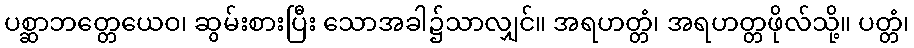
ပစ္ဆာဘတ္တေယေဝ၊ ဆွမ်းစားပြီး သောအခါ၌သာလျှင်။ အရဟတ္တံ၊ အရဟတ္တဖိုလ်သို့။ ပတ္တံ၊